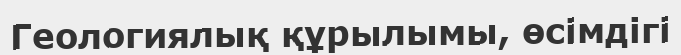
Геологиялық құрылымы, өсімдігі